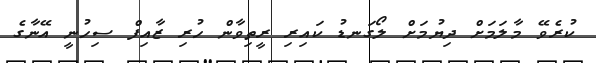
ކުރެވޭ މާލަމަށް ދިޔުމަށް ލޯގަނޑު ކައިރި ރީތިވާން ހުރި ޒާއިފް ސިހުނީ އޭނާގެ